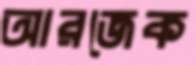
আরজেক